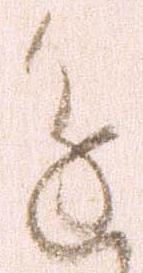
進